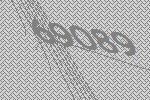
69089